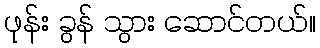
ဖုန်း ခွန် သွား ဆောင်တယ်။